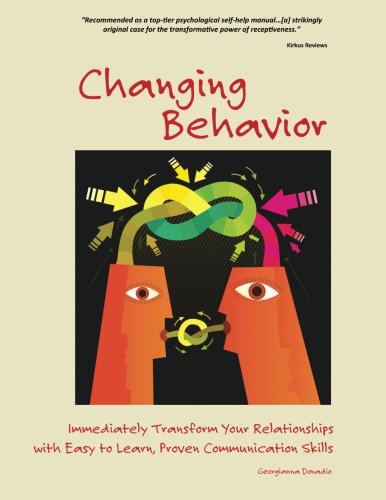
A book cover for Changing Behavior: Immediately Transform Your Relationships with Easy to Learn, Proven Communication Skills (Black and White edition); Dr Georgianna Donadio; Self-Help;